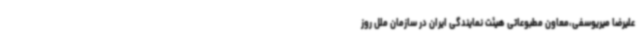
علیرضا میریوسفی،معاون مطبوعاتی هیئت نمایندگی ایران در سازمان ملل روز